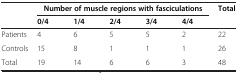
<table><thead><tr><td rowspan="2"><b> </b></td><td colspan="5"><b>Number of muscle regions with fasciculations</b></td><td rowspan="2"><b>Total</b></td></tr><tr><td><b>0/4</b></td><td><b>1/4</b></td><td><b>2/4</b></td><td><b>3/4</b></td><td><b>4/4</b></td></tr></thead><tbody><tr><td>Patients</td><td>4</td><td>6</td><td>5</td><td>5</td><td>2</td><td>22</td></tr><tr><td>Controls</td><td>15</td><td>8</td><td>1</td><td>1</td><td>1</td><td>26</td></tr><tr><td>Total</td><td>19</td><td>14</td><td>6</td><td>6</td><td>3</td><td>48</td></tr></tbody></table>